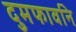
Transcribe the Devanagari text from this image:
दुमफावनि